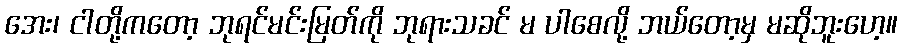
အေး၊ ငါတို့ကတော့ ဘုရင်မင်းမြတ်ကို ဘုရားသခင် မ ပါစေလို့ ဘယ်တော့မှ မဆိုဘူးဟေ့။